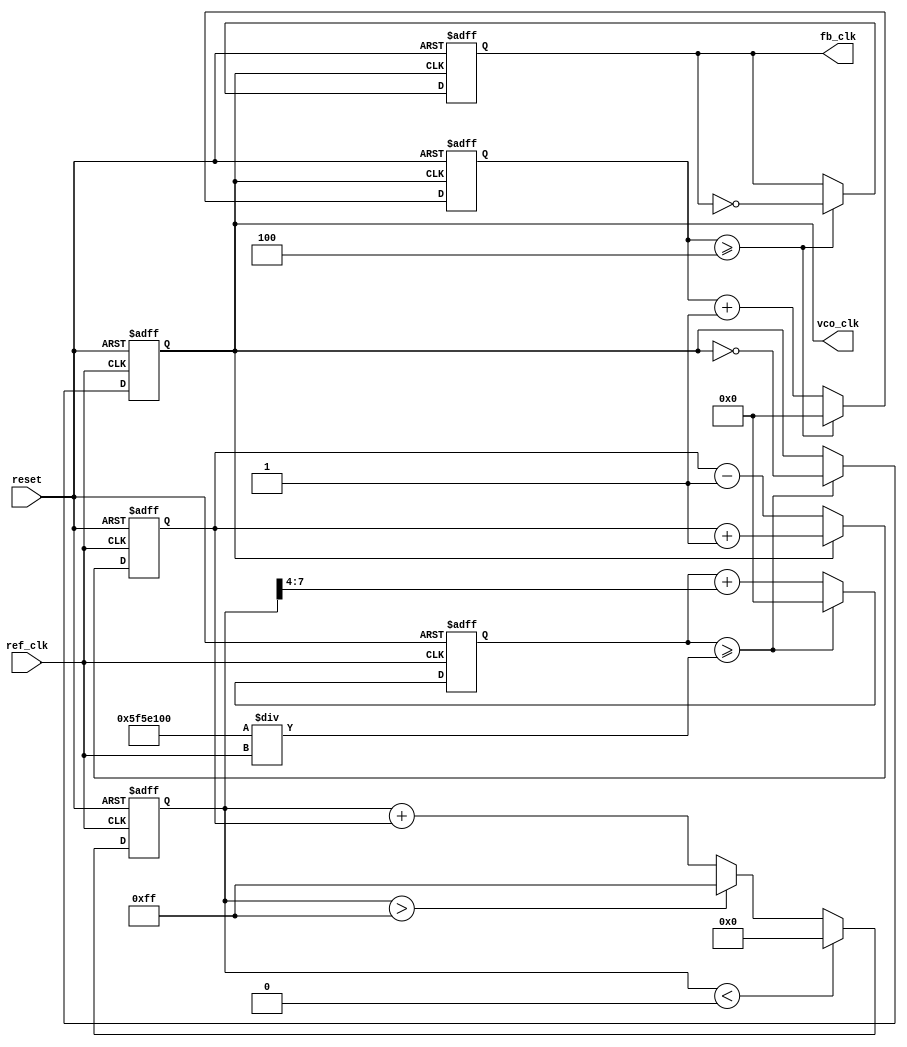
module pll (
    input wire ref_clk,          // Reference clock input
    input wire reset,           // Reset signal
    output reg vco_clk,         // VCO output clock
    output reg fb_clk           // Feedback clock
);

// Parameters
parameter DIV_RATIO = 4;      // Divider ratio for feedback
parameter VCO_MAX_FREQ = 100; // Max frequency for VCO (in MHz)
parameter VCO_MIN_FREQ = 10;  // Min frequency for VCO (in MHz)

// Internal signals
reg [7:0] phase_error;         // Phase error signal
reg [7:0] VCO_ctrl;            // Control voltage for VCO
reg [7:0] loop_filter;         // Loop filter output
reg [31:0] vco_counter;        // VCO counter
reg [31:0] fb_counter;         // Feedback counter

// Phase Detector (PD)
always @(posedge ref_clk or posedge reset) begin
    if (reset) begin
        phase_error <= 0;
    end else begin
        // Simple phase comparison logic
        if (vco_clk) begin
            phase_error <= phase_error + 1; // VCO is leading
        end else begin
            phase_error <= phase_error - 1; // VCO is lagging
        end
    end
end

// Loop Filter (simple integrator)
always @(posedge ref_clk or posedge reset) begin
    if (reset) begin
        loop_filter <= 0;
    end else begin
        loop_filter <= loop_filter + phase_error; // Integrate phase error
        // Clamp the loop filter output to VCO control range
        if (loop_filter > 255) loop_filter <= 255;
        if (loop_filter < 0) loop_filter <= 0;
    end
end

// Voltage-Controlled Oscillator (VCO)
always @(posedge ref_clk or posedge reset) begin
    if (reset) begin
        vco_counter <= 0;
        vco_clk <= 0;
    end else begin
        // Adjust frequency based on control voltage
        vco_counter <= vco_counter + (loop_filter >> 4); // Scale control voltage
        if (vco_counter >= (VCO_MAX_FREQ * 1000000 / ref_clk)) begin
            vco_clk <= ~vco_clk; // Toggle VCO clock
            vco_counter <= 0;
        end
    end
end

// Feedback Divider
always @(posedge vco_clk or posedge reset) begin
    if (reset) begin
        fb_counter <= 0;
        fb_clk <= 0;
    end else begin
        fb_counter <= fb_counter + 1;
        if (fb_counter >= DIV_RATIO) begin
            fb_clk <= ~fb_clk; // Toggle feedback clock
            fb_counter <= 0;
        end
    end
end

endmodule